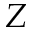
Z